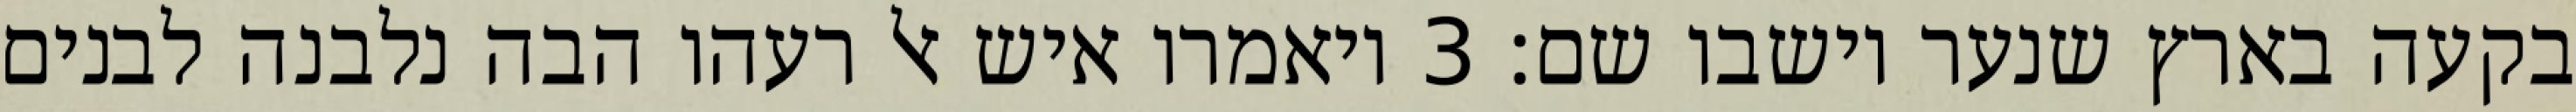
בקעה בארץ שנער וישבו שם׃ ‎3‏ ויאמרו איש אל רעהו הבה נלבנה לבנים